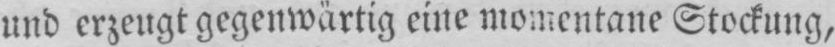
und erzeugt gegenwärtig eine momentane Stockung,